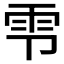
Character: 𫕝